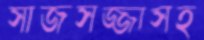
সাজসজ্জাসহ